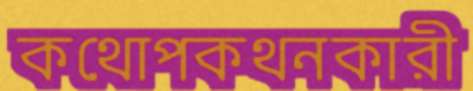
কথোপকথনকারী